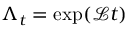
\Lambda _ { t } = \exp ( \mathcal L t )